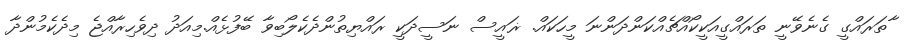
ާތަރައްގީ ގެނެވޭނީ ތަރައްގީއަކީކޯއްޗެއްކަންދަންނަ މީހަކައް. ޜައީސް ނަސީދަކީ ރައްޔިތުންދެކެލޯބިވާ ބޭފުޅެއް.މިއަދު ދިވެހިރާއްޖެ މިދެކެމުންދާ